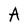
Character: A